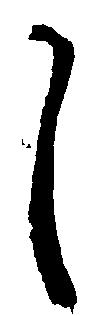
し